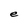
Character: e